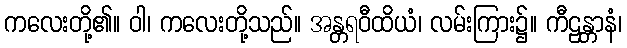
ကလေးတို့၏။ ဝါ၊ ကလေးတို့သည်။ အန္တရဝီထိယံ၊ လမ်းကြား၌။ ကီဠန္တာနံ၊